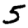
Digit: 5